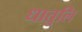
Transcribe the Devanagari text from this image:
धातुलि